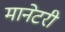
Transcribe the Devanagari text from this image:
मानेटरी